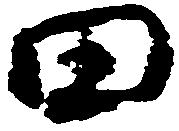
田